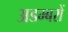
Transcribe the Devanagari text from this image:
अडम्बरों